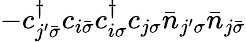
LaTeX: -c_{j^{\prime}\bar{\sigma}}^{\dagger}c_{i\bar{\sigma}}c_{i\sigma}^{\dagger}c_{j\sigma}\bar{n}_{j^{\prime}\sigma}\bar{n}_{j\bar{\sigma}}